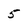
Character: 5